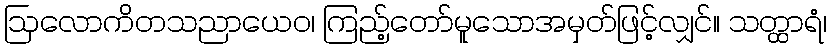
ဩလောကိတသညာယေဝ၊ ကြည့်တော်မူသောအမှတ်ဖြင့်လျှင်။ သတ္ထာရံ၊